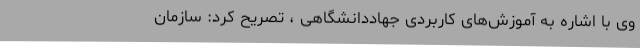
وی با اشاره به آموزش‌های کاربردی جهاددانشگاهی ، تصریح کرد: سازمان